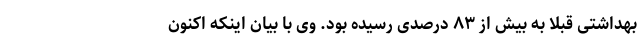
بهداشتی قبلا به بیش از ۸۳ درصدی رسیده بود. وی با بیان اینکه اکنون